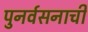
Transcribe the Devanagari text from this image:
पुनर्वसनाची